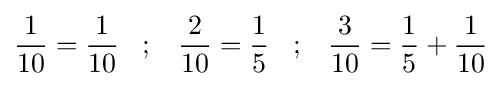
{\frac {1}{10}}={\frac {1}{10}}\;\;\;;\;\;\;{\frac {2}{10}}={\frac {1}{5}}\;\;\;;\;\;\;{\frac {3}{10}}={\frac {1}{5}}+{\frac {1}{10}}